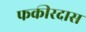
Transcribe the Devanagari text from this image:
फकीरदास